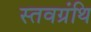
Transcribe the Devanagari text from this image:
स्तवग्रंथि